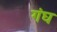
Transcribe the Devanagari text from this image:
गंघ